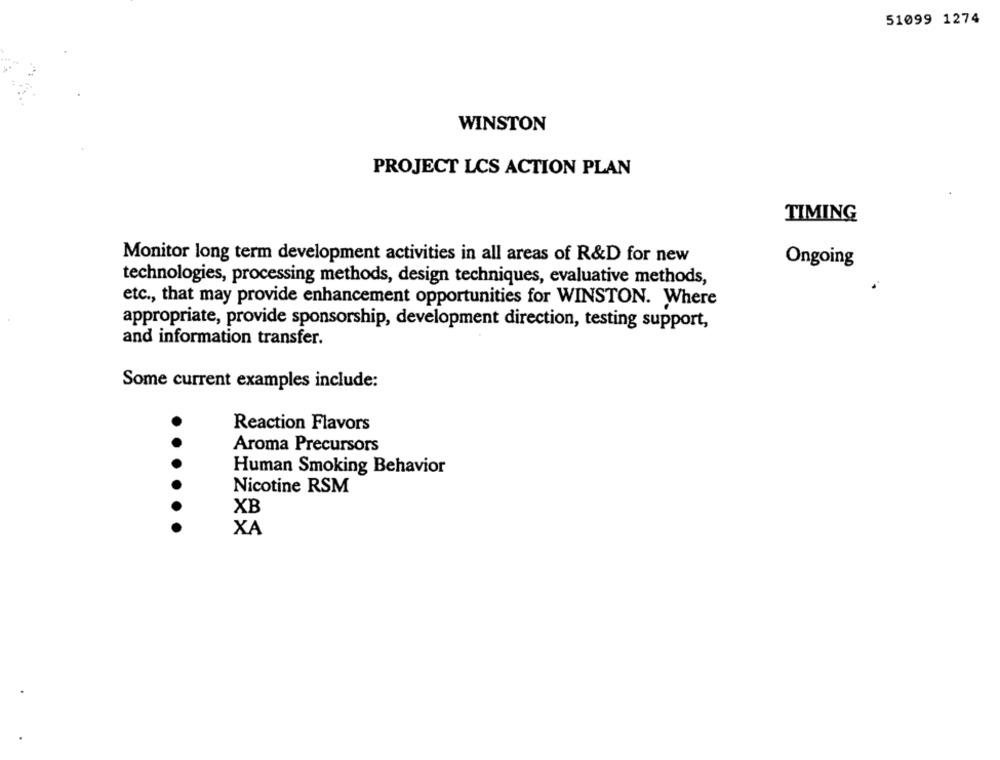
51099 1274
WINSTON
PROJECT LCS ACTION PLAN
TIMING
Monitor long term development activities in all areas of R&D for new
Ongoing
technologies, processing methods, design techniques, evaluative methods,
etc ., that may provide enhancement opportunities for WINSTON. Where
appropriate, provide sponsorship, development direction, testing support,
and information transfer.
Some current examples include:
Reaction Flavors
Aroma Precursors
Human Smoking Behavior
Nicotine RSM
XB
XA